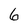
Character: 6